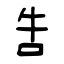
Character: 吿